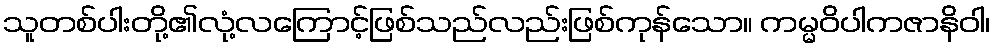
သူတစ်ပါးတို့၏လုံ့လကြောင့်ဖြစ်သည်လည်းဖြစ်ကုန်သော။ ကမ္မဝိပါကဇာနိဝါ၊